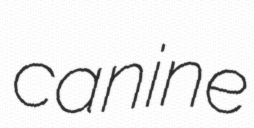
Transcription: canine